Leaving Certificate, 1899
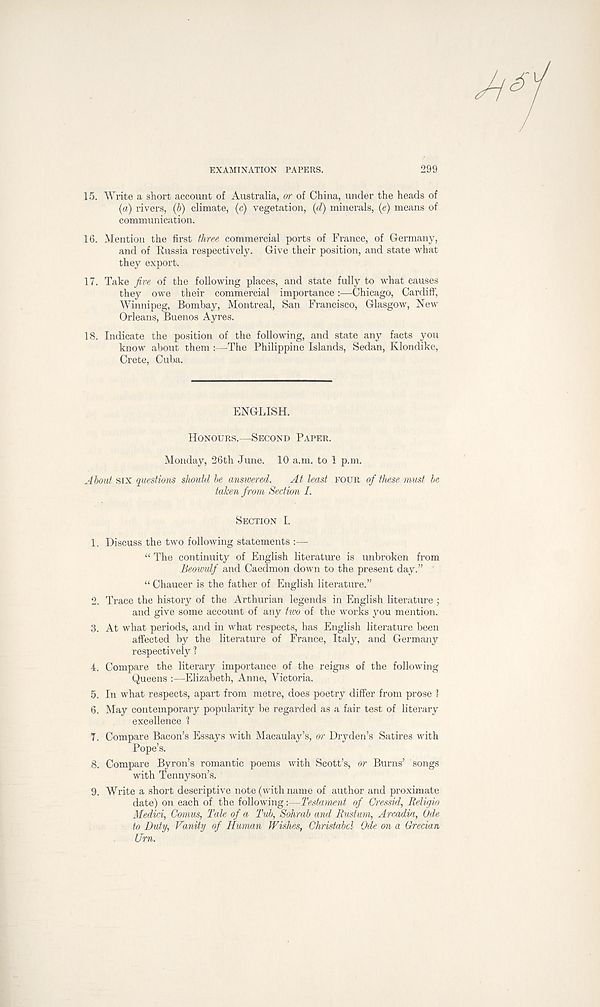
EXAMINATION PAPERS.
15. Write a short account of Australia, or of China, under the heads of
(a) rivers, (5) climate, (c) vegetation, (d) minerals, (e) means of
communication.
16. Mention the first three commercial ports of France, of Germany,
and of Russia respectively. Give their position, and state what
they export.
17. Take five of the following places, and state fully to what causes
they owe their commercial importance :—Chicago, Cardiff,
Winnipeg, Bombay, Montreal, San Francisco, Glasgow, New
Orleans, Buenos Ayres.
18. Indicate the position of the following, and state any facts you
know about them :—The Philippine Islands, Sedan, Klondike,
Crete, Cuba.
ENGLISH.
HONOURS.—SECOND PAPER.
Monday, 26th June. 10 a.m. to 1 p.m.
About six questions should be answered.
At least FOUR of these must be
taken from Section I.
SECTION I.
1. Discuss the two following statements :—
“ The continuity of English literature is unbroken from
Beowulf and Caedmon down to the present day.”
“ Chaucer is the father of English literature.”
2. Trace the history of the Arthurian legends in English literature ;
and give some account of any two of the works you mention.
3. At what periods, and in what respects, has English literature been
affected by the literature of France, Italy, and Germany
respectively ?
4. Compare the literary importance of the reigns of the following
Queens :—Elizabeth, Anne, Victoria.
5. In what respects, apart from metre, does poetry differ from prOse ?
6. May contemporary popularity be regarded as a fair test of literary
excellence ?
7. Compare Bacon’s Essays with Macaulay’s, or Dryden’s Satires with
Pope’s.
8. Compare Byron’s romantic poems with Scott’s, or Burns’ songs
with Tennyson’s.
9. Write a short descriptive note (with name of author and proximate
date) on each of the following:—Testament of Cressid, Religio
Medici, Comus, Tale of a Tub, Sohrab and Rustum, Arcad,ia, Ode
to Duty, Vanity of Human Wishes, Christabcl Ode on a Grecian
Urn.